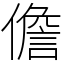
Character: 儋